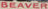
BEAVER